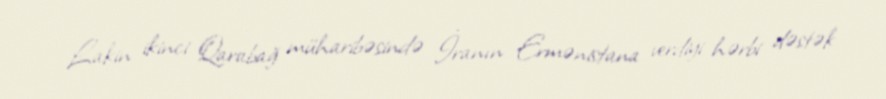
Lakin ikinci Qarabağ müharibəsində İranın Ermənistana verdiyi hərbi dəstək